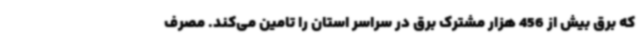
که برق بیش از 456 هزار مشترک برق در سراسر استان را تامین می‌کند. مصرف